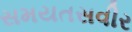
સમયતસવીર